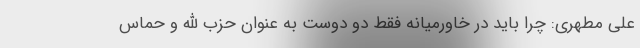
علی مطهری: چرا باید در خاورمیانه فقط دو دوست به عنوان حزب الله و حماس